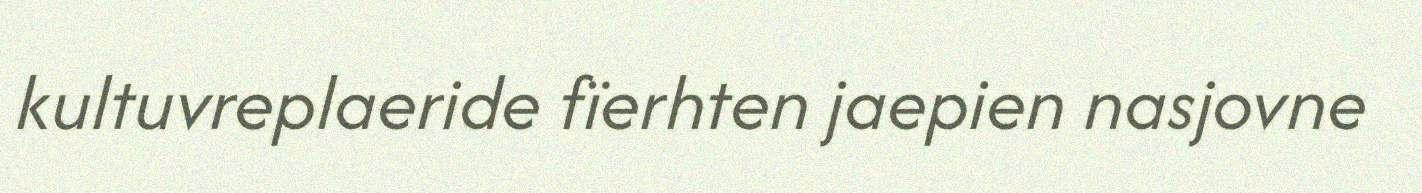
kultuvreplaeride fïerhten jaepien nasjovne